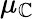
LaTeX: \mu_{\mathbb{C}}